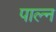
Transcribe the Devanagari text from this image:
पाल्न